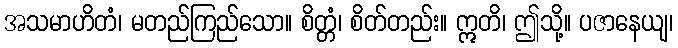
အသမာဟိတံ၊ မတည်ကြည်သော။ စိတ္တံ၊ စိတ်တည်း။ ဣတိ၊ ဤသို့။ ပဇာနေယျ၊